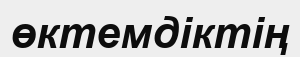
өктемдіктің